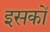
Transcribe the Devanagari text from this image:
इसकों